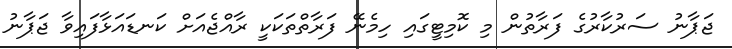
ޖަޕާނު ސަރުކާރުގެ ފަރާތުން މި ކޮމިޓީގައި ހިމެނޭ ފަރާތްތަކަކީ ރާއްޖެއަށް ކަނޑައަޅާފައިވާ ޖަޕާނު